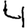
Digit: 4